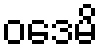
ဝဒေမိ